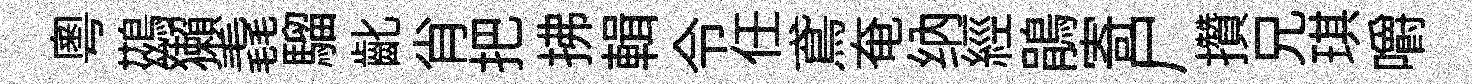
粵鷀獺毳騮齔肖把拂輯令任鳶奄纳經鵑寄尸攢兄琪嚼